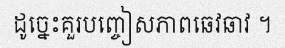
ដូច្នេះគួរបញ្ចៀសភាពឆេវឆាវ ។